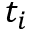
t _ { i }